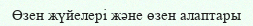
Өзен жүйелері және өзен алаптары